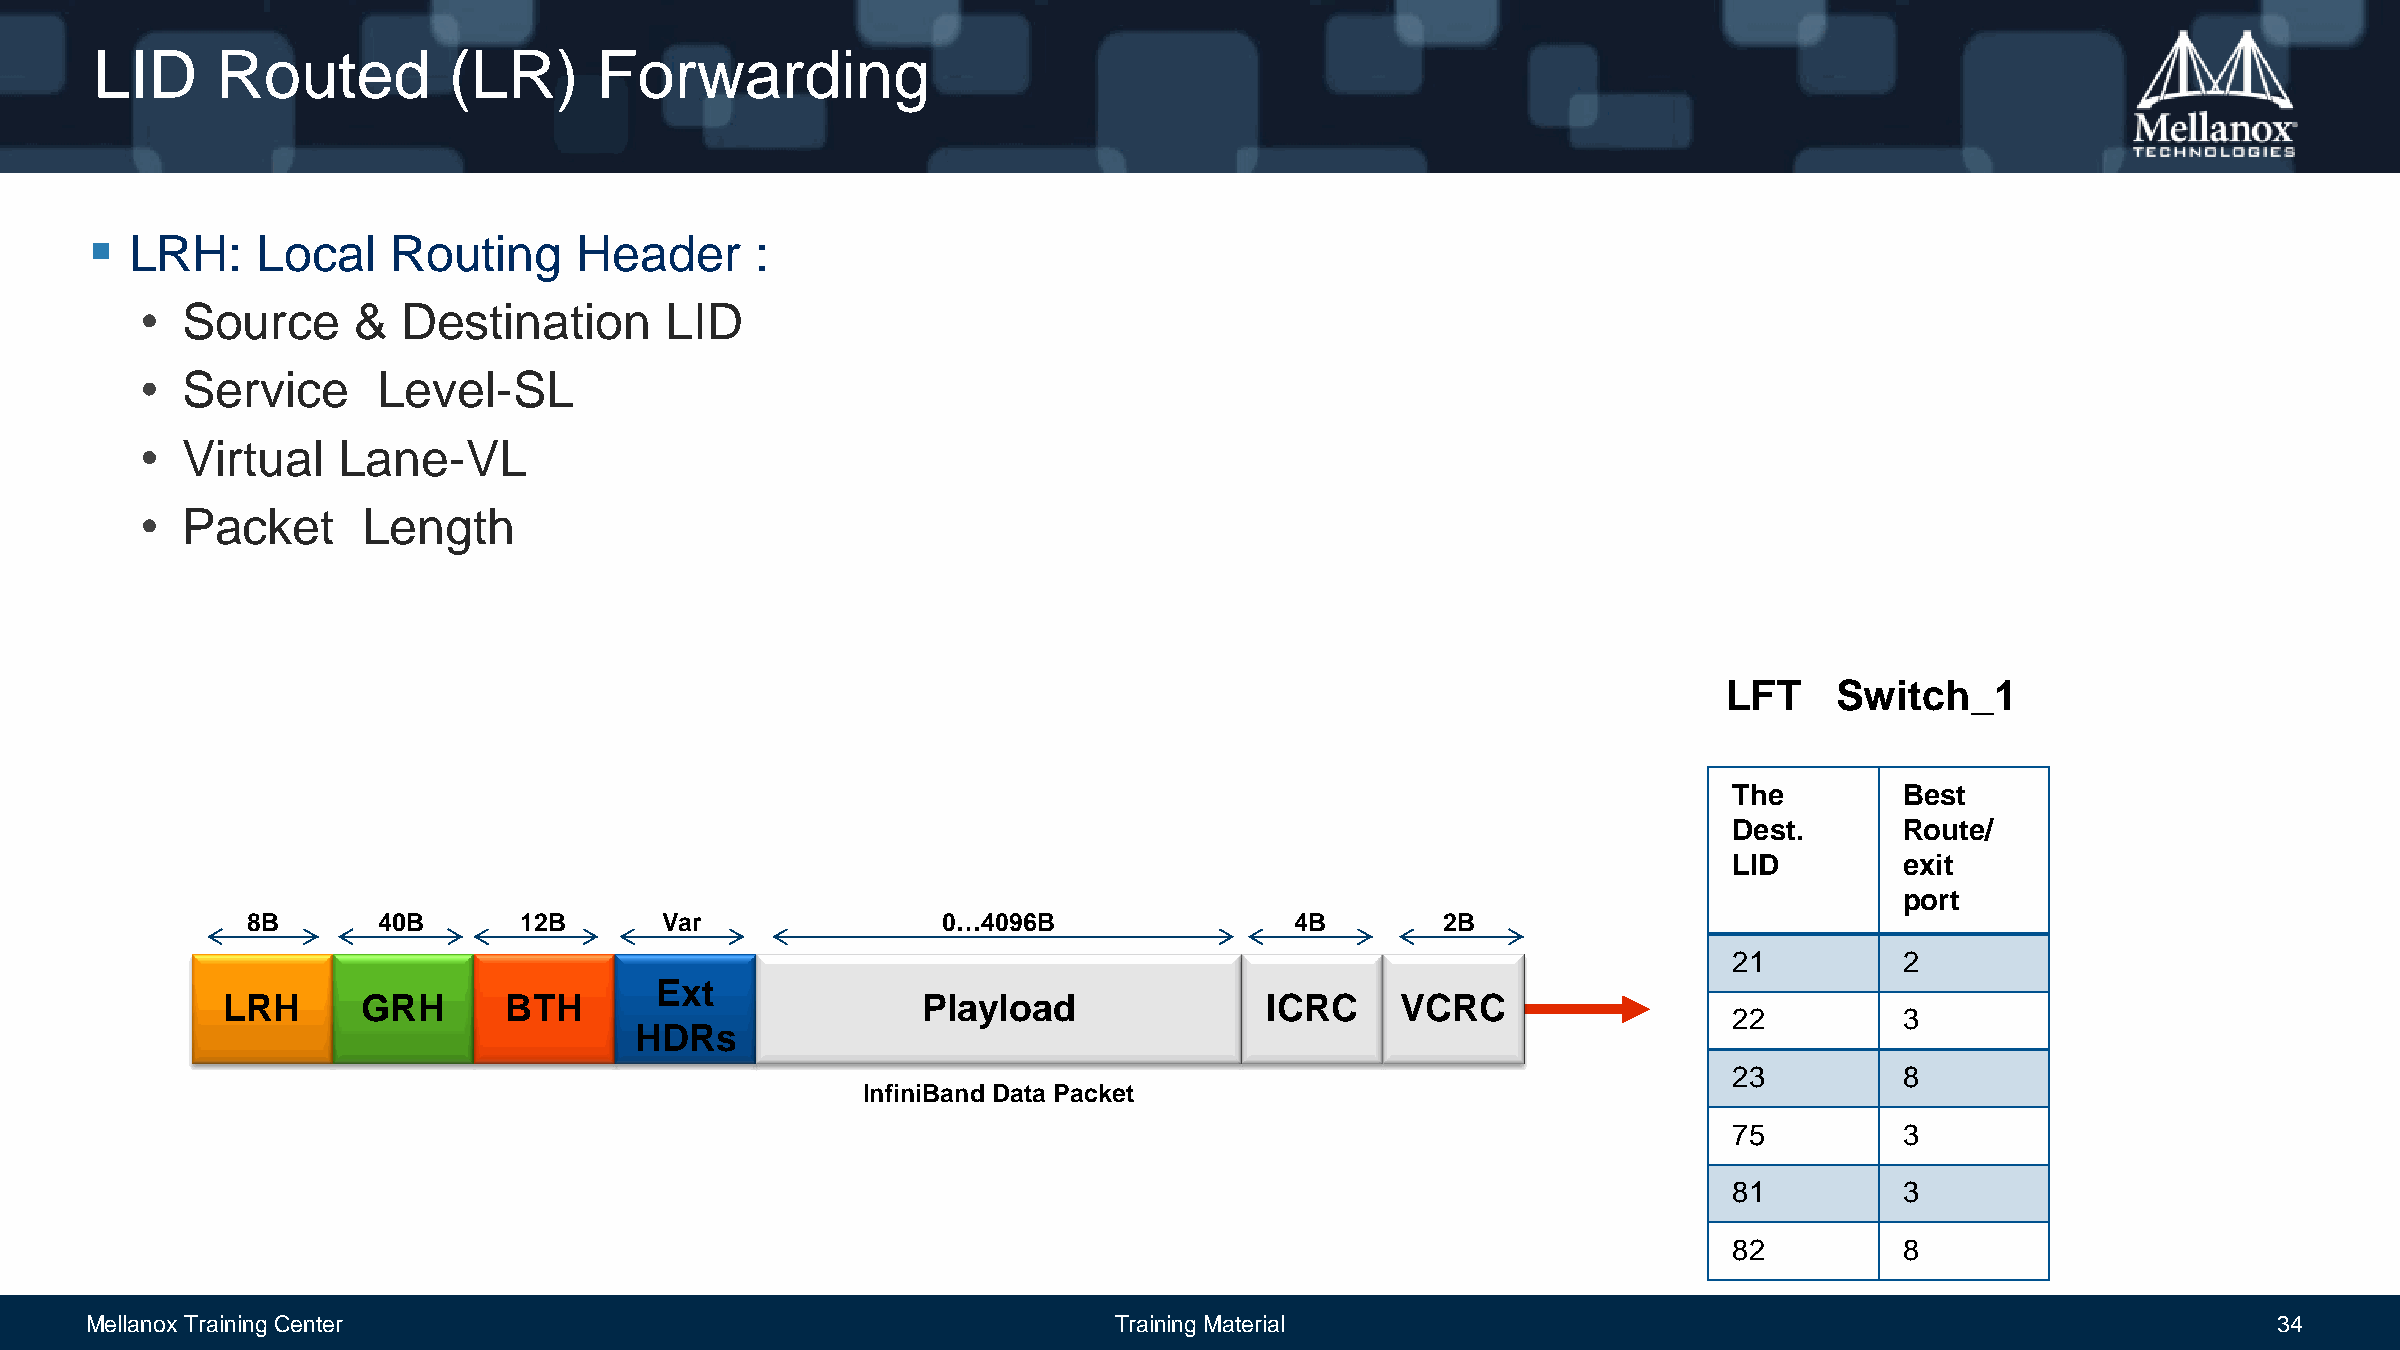
LID     Routed          (LR)      Forwarding
   LRH:    Local    Routing     Header      :
 •  Source     &   Destination      LID
 •  Service      Level-SL
 •  Virtual   Lane-VL
 •  Packet      Length
 LFT     Switch_1
 The        Best
 Dest.      Route/
 LID        exit
 port
 8B       40B      12B       Var               0…4096B                 4B        2B
 21         2
 Ext
 LRH      GRH      BTH                         Playload               ICRC     VCRC
 22         3
 HDRs
 23         8
 InfiniBand Data Packet
 75         3
 81         3
 82         8
 Mellanox Training Center                                            Training Material                                                            34